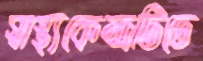
স্বাস্থ্যকেন্দ্রটিতে